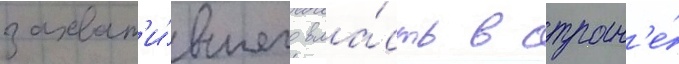
захват'и́вшего вла́сть в стран'е́